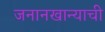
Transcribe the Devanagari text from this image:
जनानखान्याची